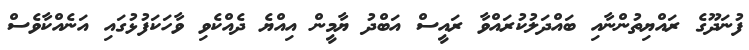
ފުނަދޫގެ ރައްޔިތުންނާއި ބައްދަލުކުރައްވާ ރައީސް އަބްދު ޔާމީން އިއްޔެ ދެއްކެވި ވާހަކަފުޅުގައި އަނެއްކާވެސް